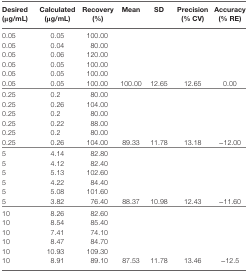
<table><thead><tr><td><b>Desired (μg/mL)</b></td><td><b>Calculated (μg/mL)</b></td><td><b>Recovery (%)</b></td><td><b>Mean</b></td><td><b>SD</b></td><td><b>Precision (% CV)</b></td><td><b>Accuracy (% RE)</b></td></tr></thead><tbody><tr><td>0.05</td><td>0.05</td><td>100.00</td><td>[EMPTY_CELL]</td><td>[EMPTY_CELL]</td><td>[EMPTY_CELL]</td><td>[EMPTY_CELL]</td></tr><tr><td>0.05</td><td>0.04</td><td>80.00</td><td>[EMPTY_CELL]</td><td>[EMPTY_CELL]</td><td>[EMPTY_CELL]</td><td>[EMPTY_CELL]</td></tr><tr><td>0.05</td><td>0.06</td><td>120.00</td><td>[EMPTY_CELL]</td><td>[EMPTY_CELL]</td><td>[EMPTY_CELL]</td><td>[EMPTY_CELL]</td></tr><tr><td>0.05</td><td>0.05</td><td>100.00</td><td>[EMPTY_CELL]</td><td>[EMPTY_CELL]</td><td>[EMPTY_CELL]</td><td>[EMPTY_CELL]</td></tr><tr><td>0.05</td><td>0.05</td><td>100.00</td><td>[EMPTY_CELL]</td><td>[EMPTY_CELL]</td><td>[EMPTY_CELL]</td><td>[EMPTY_CELL]</td></tr><tr><td>0.05</td><td>0.05</td><td>100.00</td><td>100.00</td><td>12.65</td><td>12.65</td><td>0.00</td></tr><tr><td>0.25</td><td>0.2</td><td>80.00</td><td>[EMPTY_CELL]</td><td>[EMPTY_CELL]</td><td>[EMPTY_CELL]</td><td>[EMPTY_CELL]</td></tr><tr><td>0.25</td><td>0.26</td><td>104.00</td><td>[EMPTY_CELL]</td><td>[EMPTY_CELL]</td><td>[EMPTY_CELL]</td><td>[EMPTY_CELL]</td></tr><tr><td>0.25</td><td>0.2</td><td>80.00</td><td>[EMPTY_CELL]</td><td>[EMPTY_CELL]</td><td>[EMPTY_CELL]</td><td>[EMPTY_CELL]</td></tr><tr><td>0.25</td><td>0.22</td><td>88.00</td><td>[EMPTY_CELL]</td><td>[EMPTY_CELL]</td><td>[EMPTY_CELL]</td><td>[EMPTY_CELL]</td></tr><tr><td>0.25</td><td>0.2</td><td>80.00</td><td>[EMPTY_CELL]</td><td>[EMPTY_CELL]</td><td>[EMPTY_CELL]</td><td>[EMPTY_CELL]</td></tr><tr><td>0.25</td><td>0.26</td><td>104.00</td><td>89.33</td><td>11.78</td><td>13.18</td><td>−12.00</td></tr><tr><td>5</td><td>4.14</td><td>82.80</td><td>[EMPTY_CELL]</td><td>[EMPTY_CELL]</td><td>[EMPTY_CELL]</td><td>[EMPTY_CELL]</td></tr><tr><td>5</td><td>4.12</td><td>82.40</td><td>[EMPTY_CELL]</td><td>[EMPTY_CELL]</td><td>[EMPTY_CELL]</td><td>[EMPTY_CELL]</td></tr><tr><td>5</td><td>5.13</td><td>102.60</td><td>[EMPTY_CELL]</td><td>[EMPTY_CELL]</td><td>[EMPTY_CELL]</td><td>[EMPTY_CELL]</td></tr><tr><td>5</td><td>4.22</td><td>84.40</td><td>[EMPTY_CELL]</td><td>[EMPTY_CELL]</td><td>[EMPTY_CELL]</td><td>[EMPTY_CELL]</td></tr><tr><td>5</td><td>5.08</td><td>101.60</td><td>[EMPTY_CELL]</td><td>[EMPTY_CELL]</td><td>[EMPTY_CELL]</td><td>[EMPTY_CELL]</td></tr><tr><td>5</td><td>3.82</td><td>76.40</td><td>88.37</td><td>10.98</td><td>12.43</td><td>−11.60</td></tr><tr><td>10</td><td>8.26</td><td>82.60</td><td>[EMPTY_CELL]</td><td>[EMPTY_CELL]</td><td>[EMPTY_CELL]</td><td>[EMPTY_CELL]</td></tr><tr><td>10</td><td>8.54</td><td>85.40</td><td>[EMPTY_CELL]</td><td>[EMPTY_CELL]</td><td>[EMPTY_CELL]</td><td>[EMPTY_CELL]</td></tr><tr><td>10</td><td>7.41</td><td>74.10</td><td>[EMPTY_CELL]</td><td>[EMPTY_CELL]</td><td>[EMPTY_CELL]</td><td>[EMPTY_CELL]</td></tr><tr><td>10</td><td>8.47</td><td>84.70</td><td>[EMPTY_CELL]</td><td>[EMPTY_CELL]</td><td>[EMPTY_CELL]</td><td>[EMPTY_CELL]</td></tr><tr><td>10</td><td>10.93</td><td>109.30</td><td>[EMPTY_CELL]</td><td>[EMPTY_CELL]</td><td>[EMPTY_CELL]</td><td>[EMPTY_CELL]</td></tr><tr><td>10</td><td>8.91</td><td>89.10</td><td>87.53</td><td>11.78</td><td>13.46</td><td>−12.5</td></tr></tbody></table>